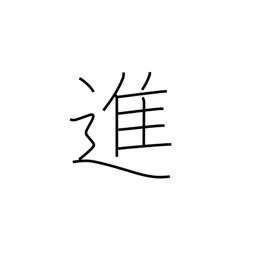
Meaning: progress